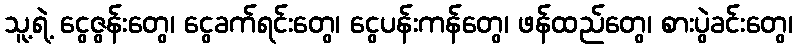
သူ့ရဲ့ ငွေဇွန်းတွေ၊ ငွေခက်ရင်းတွေ၊ ငွေပန်းကန်တွေ၊ ဖန်ထည်တွေ၊ စားပွဲခင်းတွေ၊